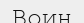
Воин